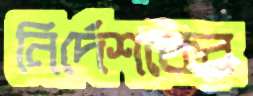
নির্দেশকের